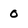
Character: O